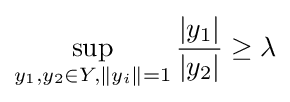
\sup _{y_{1},y_{2}\in Y,\|y_{i}\|=1}{\frac {|y_{1}|}{|y_{2}|}}\geq \lambda